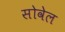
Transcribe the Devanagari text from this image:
सोवेल